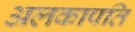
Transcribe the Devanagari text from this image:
अलकापति